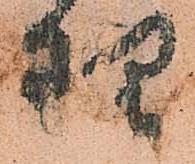
理